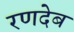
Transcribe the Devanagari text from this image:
रणदेब